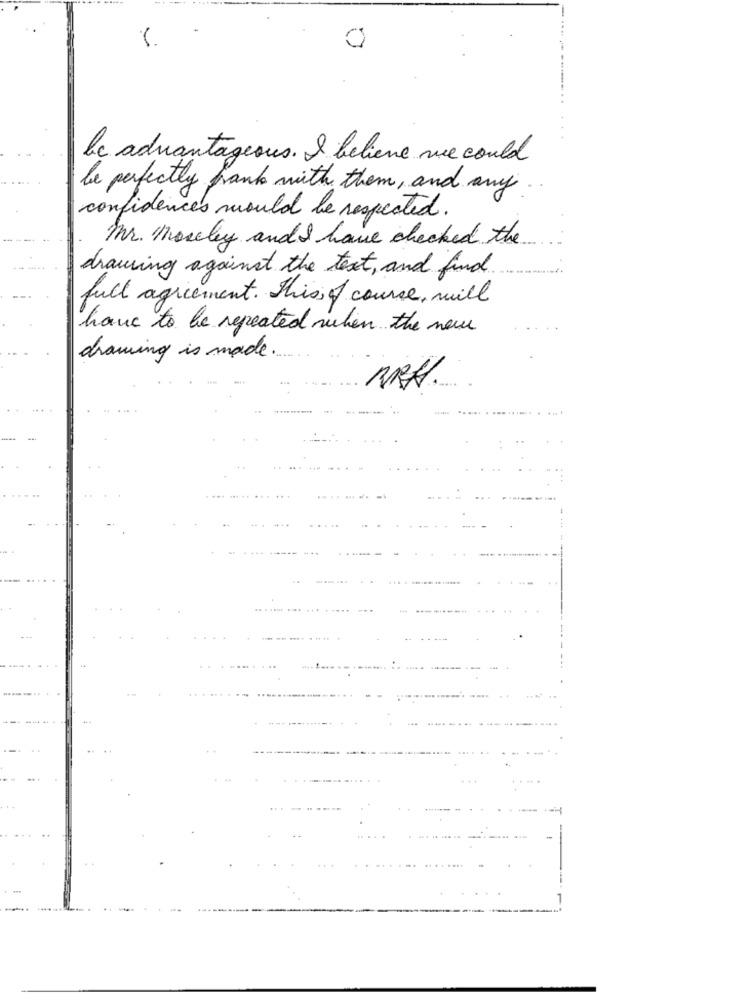
le advantageous. I believe we could
be perfectly frank with them, and any
confidences would be respected.
Mr. moseley and have checked the
drawing against the text, and find
full agreement. This of course, will
have to be repeated when the new
drawing is made.